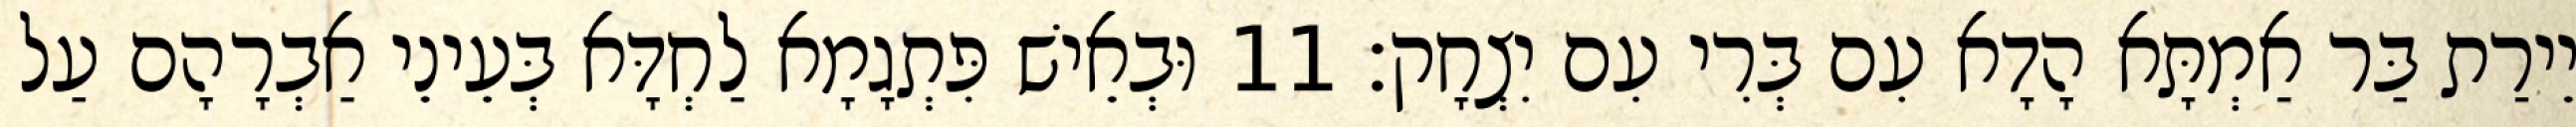
יֵירַת בַּר אַמְתָּא הָדָא עִם בְּרִי עִם יִצְחָק׃ 11 וּבְאֵישׁ פִּתְגָמָא לַחְדָּא בְּעֵינֵי אַבְרָהָם עַל